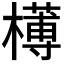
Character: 𣝍